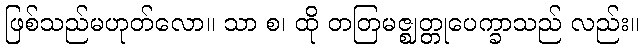
ဖြစ်သည်မဟုတ်လော။ သာ စ၊ ထို တတြမဇ္ဈတ္တုပေက္ခာသည် လည်း။